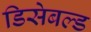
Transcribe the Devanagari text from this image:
डिसेबल्ड